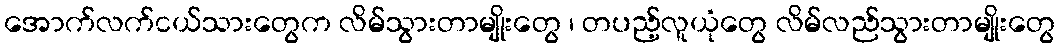
အောက်လက်ငယ်သားတွေက လိမ်သွားတာမျိုးတွေ ၊ တပည့်လူယုံတွေ လိမ်လည်သွားတာမျိုးတွေ